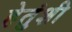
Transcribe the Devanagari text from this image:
हेतुंशी